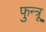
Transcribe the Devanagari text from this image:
फुन्त्रू